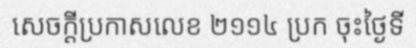
សេចក្តីប្រកាសលេខ ២១១៤ ប្រក ចុះថ្ងៃទី